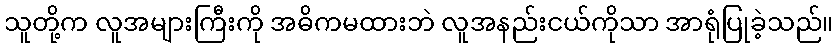
သူတို့က လူအများကြီးကို အဓိကမထားဘဲ လူအနည်းငယ်ကိုသာ အာရုံပြုခဲ့သည်။